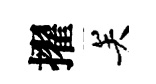
擢关